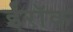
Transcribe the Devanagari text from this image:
ईरॉक